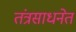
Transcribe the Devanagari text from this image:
तंत्रसाधनेत